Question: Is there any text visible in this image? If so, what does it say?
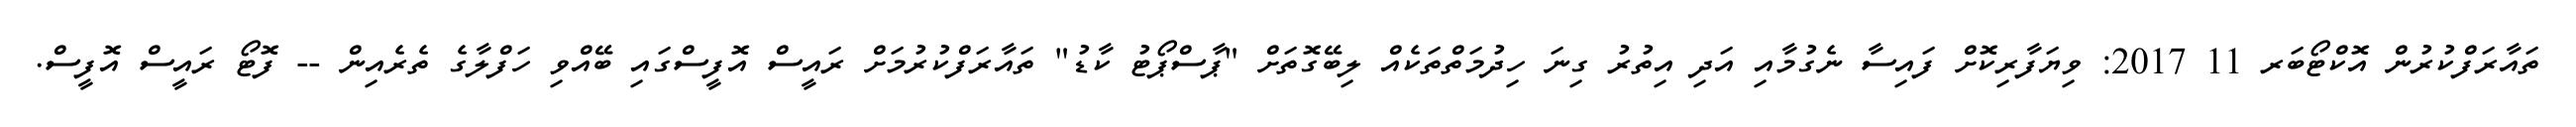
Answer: ތައާރަފްކުރުން އޮކްޓޯބަރ 11 2017: ވިޔަފާރިކޮށް ފައިސާ ނެގުމާއި އަދި އިތުރު ގިނަ ހިދުމަތްތަކެއް ލިބޭގޮތަށް "ޕާސްޕޯޓު ކާޑު" ތައާރަފްކުރުމަށް ރައީސް އޮފީސްގައި ބޭއްވި ހަފްލާގެ ތެރެއިން -- ފޮޓޯ ރައީސް އޮފީސް.